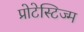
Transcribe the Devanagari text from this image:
प्रोटेस्टिज्म